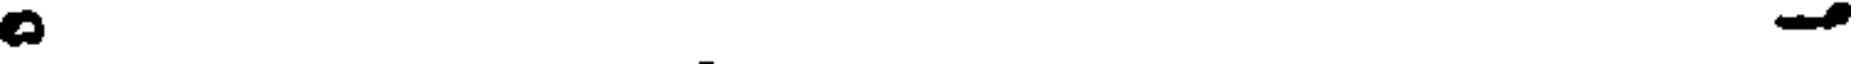
-